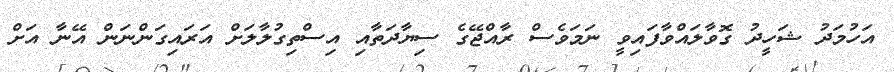
އަހުމަދު ޝަހީދު ގޮވާލައްވާފައިވީ ނަމަވެސް ރާއްޖޭގެ ސިޔާދަތާއި އިސްތިގުލާލަށް އަރައިގަންނަން އޭނާ އަށް